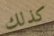
كذلك